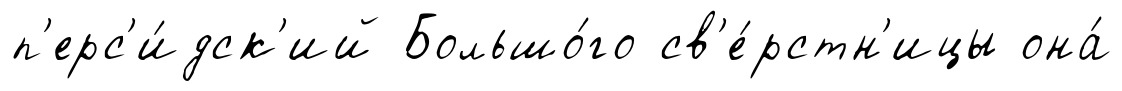
п'ерс'и́дск'ий Большо́го св'е́рстн'ицы она́